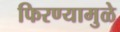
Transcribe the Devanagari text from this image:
फिरण्यामुळे